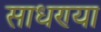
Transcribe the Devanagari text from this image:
साधण्या